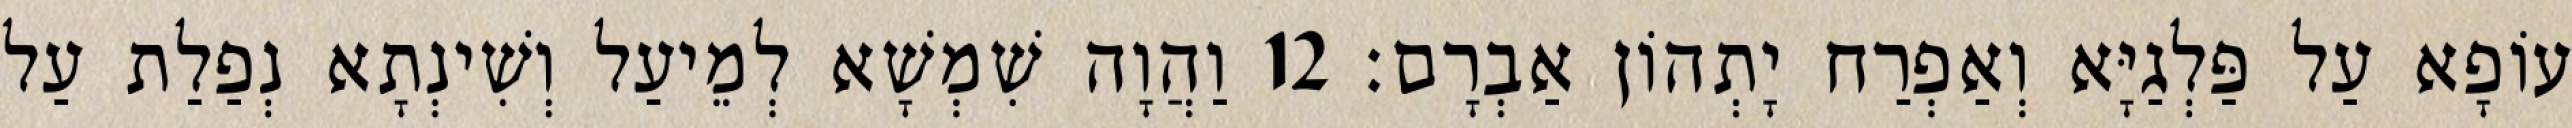
עוֹפָא עַל פַּלְגַיָּא וְאַפְרַח יָתְהוֹן אַבְרָם׃ 12 וַהֲוָה שִׁמְשָׁא לְמֵיעַל וְשִׁינְתָא נְפַלַת עַל